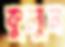
কুলুন